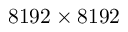
8 1 9 2 \times 8 1 9 2